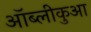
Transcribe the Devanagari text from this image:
ऑब्लीकुआ